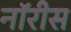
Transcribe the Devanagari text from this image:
नॉरीस